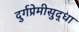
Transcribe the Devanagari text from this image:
दुर्गप्रेमीसुद्धा